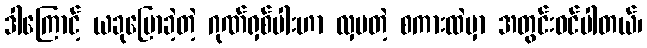
ဒါကြောင့် ယခုပြောခဲ့တဲ့ ဂုဏ်ရှစ်ပါးဟာ လှပတဲ့ စကားထဲမှာ အတွင်းဝင်ပါတယ်၊